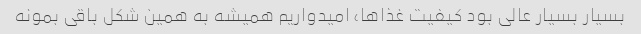
بسیار بسیار عالی بود کیفیت غذاها، امیدواریم همیشه به همین شکل باقی بمونه